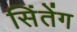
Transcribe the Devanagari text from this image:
सिंतेंग